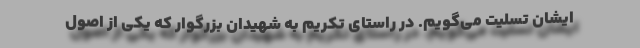
ایشان تسلیت می‌گویم. در راستای تکریم به شهیدان بزرگوار که یکی از اصول